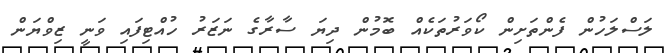
ލަސްލަހުން ފެންތަށިން ކޯވަރުތަކެއް ބޮމުން ދިޔަ ސާރާގެ ނަޒަރު ހުއްޓިފައި ވަނީ ޒިވްޔަން